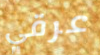
عرقي